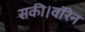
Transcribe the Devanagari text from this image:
सकी।वॉरेन